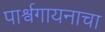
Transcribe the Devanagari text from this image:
पार्श्वगायनाचा